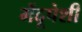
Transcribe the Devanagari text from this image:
मेंदूपेशी